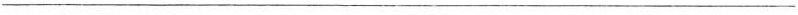
___